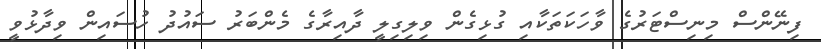
ފިނޭންސް މިނިސްޓަރުގެ ވާހަކަތަކާއި ގުޅިގެން ވިލިގިލީ ދާއިރާގެ މެންބަރު ސައުދު ހުސައިން ވިދާޅުވީ